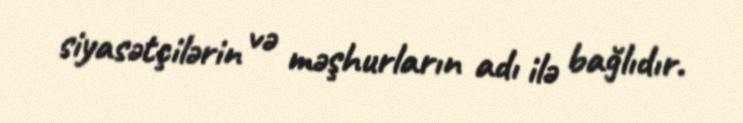
siyasətçilərin və məşhurların adı ilə bağlıdır.